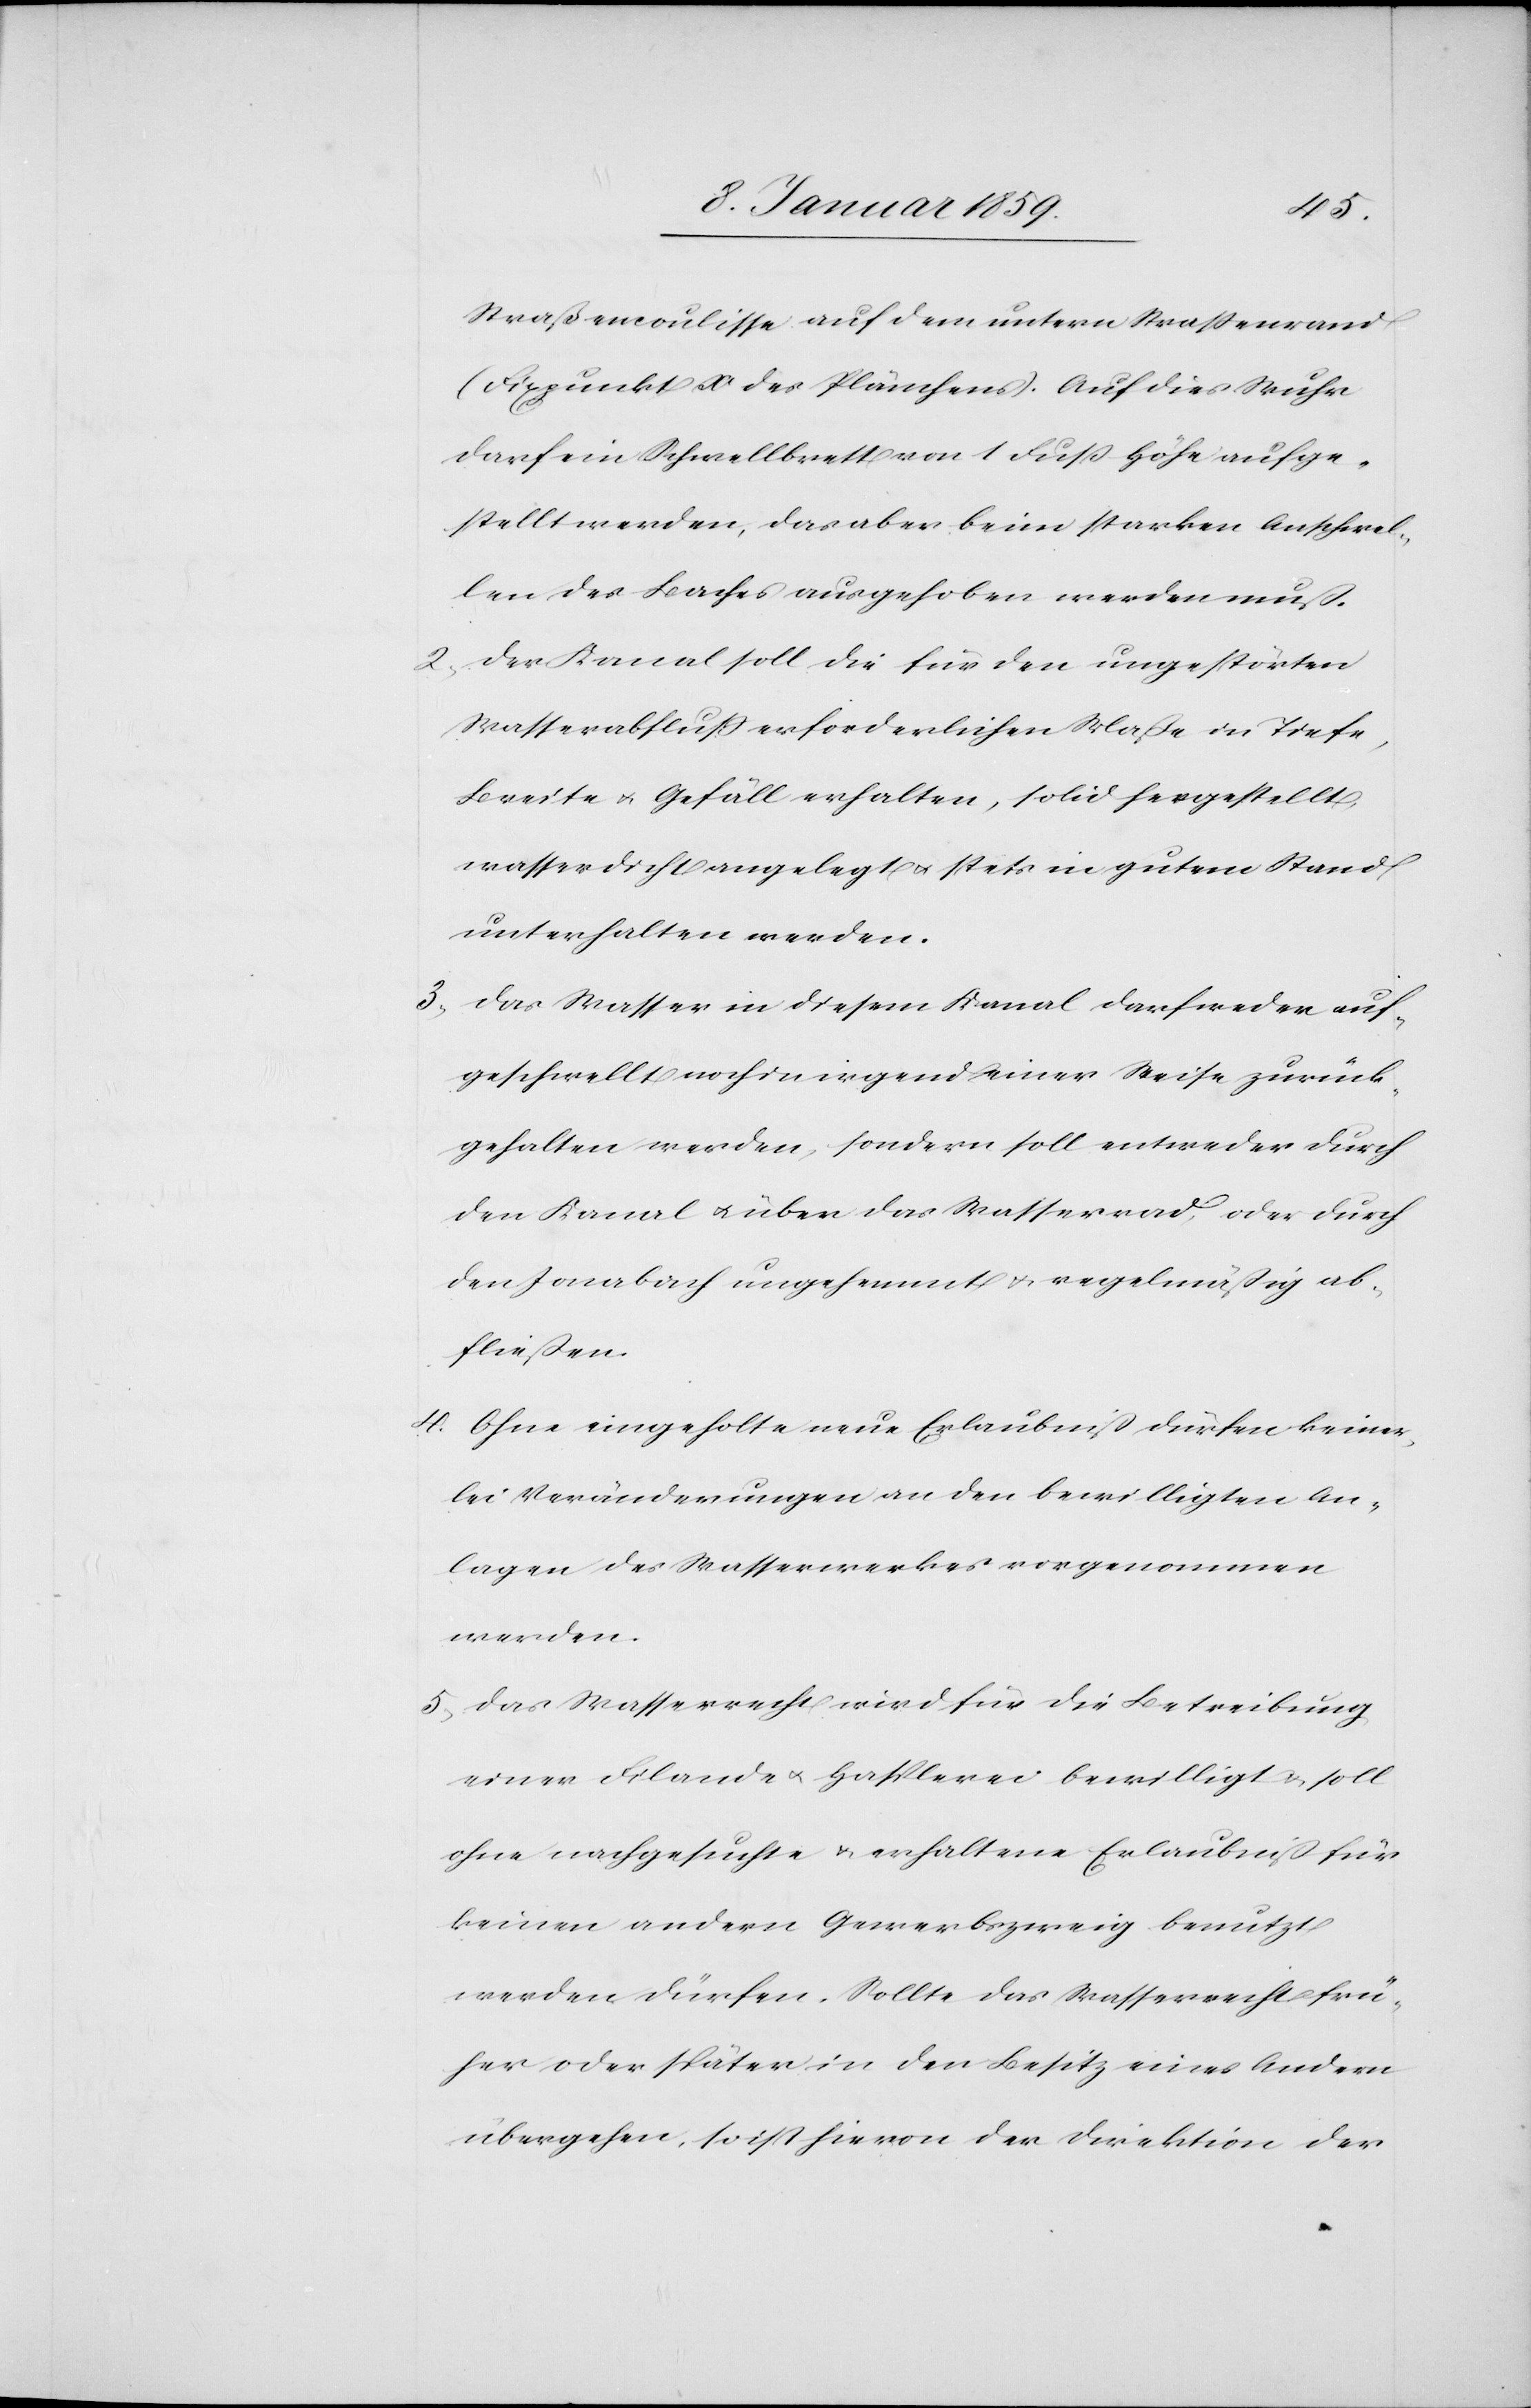
Straßencoulisse auf dem untern Straßenrand
(Fixpunkt x des Plänchens). Auf dies Wuhr
darf ein Schwellbrett von 1 Fuß Höhe aufge¬
stellt werden, das aber beim starken Anschwel¬
len des Baches ausgehoben werden muß.
2. Der Kanal soll die für den ungestörten
Wasserabfluß erforderlichen Maße in Tiefe,
Breite u. Gefäll erhalten, solid hergestellt,
wasserdicht angelegt u. stets in gutem Stand
unterhalten werden.
3. Das Wasser in diesem Kanal darf weder auf¬
geschwellt noch in irgend einer Weise zurück¬
gehalten werden, sondern soll entweder durch
den Kanal u. über das Wasserrad, oder durch
den Jonabach ungehemmt u. regelmäßig ab¬
fließen.
4. Ohne eingeholte neue Erlaubniß dürfen keiner¬
lei Veränderungen an den bewilligten An¬
lagen des Wasserwerkes vorgenommen
werden.
5. Das Wasserrecht wird für die Betreibung
einer Filande u. Hasplerei bewilligt u. soll
ohne nachgesuchte u. erhaltene Erlaubniß für
keinen andern Gewerbezweig benutzt
werden dürfen. Sollte das Wasserrecht frü¬
her oder später in den Besitz eines Andern
übergehen, so ist hievon der Direktion der